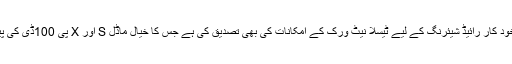
اس کے علاوہ ٹیسلا نے انتہائی کم وقت میں خود کار رائیڈ شیئرنگ کے لیے ٹیسلا نیٹ ورک کے امکانات کی بھی تصدیق کی ہے جس کا خیال ماڈل S اور X پی 100ڈی کی پیشکش کے وقت ایلون مُسک نے ظاہر کیا تھا۔